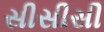
સીસીસી